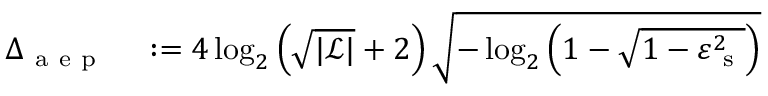
\begin{array} { r l } { \Delta _ { \mathrm { ~ a ~ e ~ p ~ } } } & { { } : = 4 \log _ { 2 } \left( \sqrt { | \mathcal { L } | } + 2 \right) \sqrt { - \log _ { 2 } \left( 1 - \sqrt { 1 - \varepsilon _ { \mathrm { ~ s ~ } } ^ { 2 } } \right) } } \end{array}